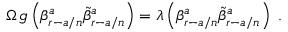
\Omega \, g \left( \beta _ { r - a / n } ^ { a } \tilde { \beta } _ { r - a / n } ^ { a } \right) = \lambda \left( \beta _ { r - a / n } ^ { a } \tilde { \beta } _ { r - a / n } ^ { a } \right) \, \, .